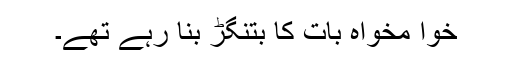
خوا مخواہ بات کا بتنگڑ بنا رہے تھے۔